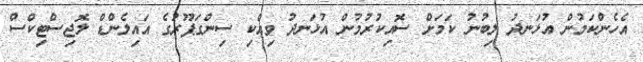
އެހެންކަމުން އުޅަނދު ލިބުނު ކަމަށް ސޮއިކުރުމުން އުޅަނދު ވިއްކި ސިންގަޕޫރުގެ އައިލެންޑް ލޮޖިސްޓިކްސް